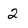
Character: 2